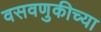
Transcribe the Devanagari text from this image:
वसवणुकीच्या